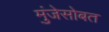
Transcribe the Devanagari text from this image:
मुंजेसोबत